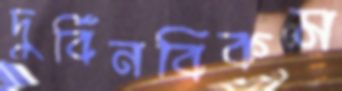
দুর্বিনবিকম